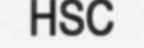
HSC